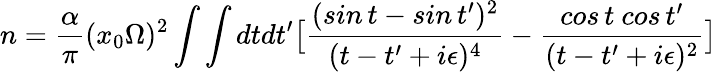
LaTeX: n={\frac{\alpha}{\pi}}(x_{0}\Omega)^{2}\int\int dtdt^{\prime}\bigl[{\frac{(sin\, t-sin\, t^{\prime})^{2}}{(t-t^{\prime}+i\epsilon)^{4}}}-{\frac{cos\, t~cos\, t^{\prime}}{(t-t^{\prime}+i\epsilon)^{2}}}\bigr]